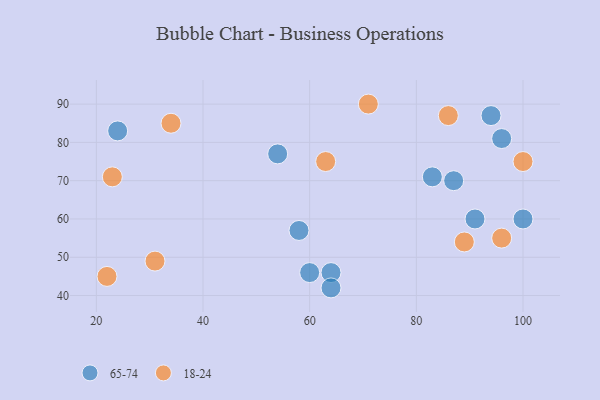
{"axis": {"x": "GDP", "y": "Life Expectancy"}, "legend": ["18-24", "65-74"], "data": [{"x": "64", "y": 46, "type": "65-74"}, {"x": "60", "y": 46, "type": "65-74"}, {"x": "83", "y": 71, "type": "65-74"}, {"x": "58", "y": 57, "type": "65-74"}, {"x": "54", "y": 77, "type": "65-74"}, {"x": "24", "y": 83, "type": "65-74"}, {"x": "100", "y": 60, "type": "65-74"}, {"x": "87", "y": 70, "type": "65-74"}, {"x": "94", "y": 87, "type": "65-74"}, {"x": "64", "y": 42, "type": "65-74"}, {"x": "96", "y": 81, "type": "65-74"}, {"x": "91", "y": 60, "type": "65-74"}, {"x": "100", "y": 75, "type": "18-24"}, {"x": "31", "y": 49, "type": "18-24"}, {"x": "86", "y": 87, "type": "18-24"}, {"x": "22", "y": 45, "type": "18-24"}, {"x": "23", "y": 71, "type": "18-24"}, {"x": "89", "y": 54, "type": "18-24"}, {"x": "63", "y": 75, "type": "18-24"}, {"x": "96", "y": 55, "type": "18-24"}, {"x": "71", "y": 90, "type": "18-24"}, {"x": "34", "y": 85, "type": "18-24"}]}